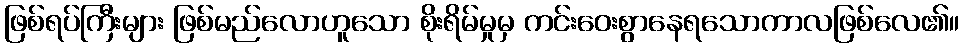
ဖြစ်ရပ်ကြီးများ ဖြစ်မည်လောဟူသော စိုးရိမ်မှုမှ ကင်းဝေးစွာနေရသောကာလဖြစ်လေ၏။